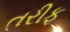
તરીફ